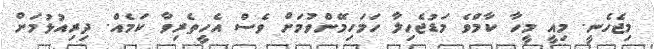
މިޖެހެނީ. މިއީ މީހާ ކާމްވެ މަޑުޖެހިލާ ހަމަހިމޭންވުމަށް ވެސް އެހީތެރިވާ ކަމެއް. ދިރިއުޅުމަށް